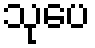
သုပေ